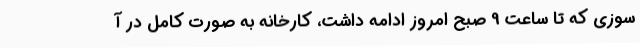
سوزی که تا ساعت 9 صبح امروز ادامه داشت، کارخانه به صورت کامل در آ